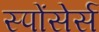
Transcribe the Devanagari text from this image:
स्पोंसेर्स